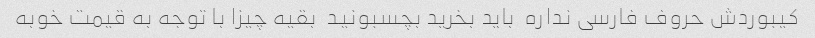
کیبوردش حروف فارسی نداره  باید بخرید بچسبونید  بقیه چیزا با توجه به قیمت خوبه